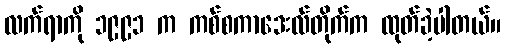
လက်ရာကို ၁၉၉၁ က ကစ်စကာဒေးလ်တိုက်က ထုတ်ခဲ့ပါတယ်။